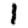
Digit: 1